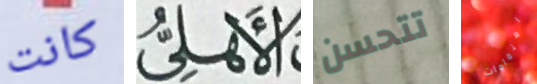
كانت الأهلى تتحسن اهتمامات